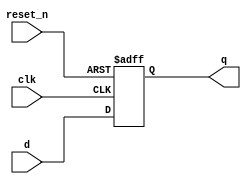
module _dff_r_async(clk, reset_n, d, q);
	input clk, reset_n, d;	// 3 inputs
	output q;					// output q
	reg q;						// input q

	always@(posedge clk or negedge reset_n)
	begin 													
		if(reset_n==0) q<=1'b0;	// is reset_n =0? if yes, input 0 to q
		else 				q<=d;		// unless, input d to q
	end
endmodule